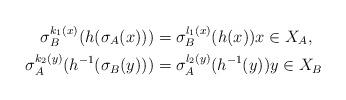
LaTeX: \begin{align*}\sigma_B^{k_1(x)} (h(\sigma_A(x))) & = \sigma_B^{l_1(x)}(h(x)) x \in X_A, \\\sigma_A^{k_2(y)} (h^{-1}(\sigma_B(y))) & = \sigma_A^{l_2(y)}(h^{-1}(y)) y \in X_B \end{align*}